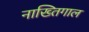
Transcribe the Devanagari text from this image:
नाख्तिगाल